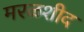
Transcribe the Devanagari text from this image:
मरळशीद